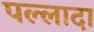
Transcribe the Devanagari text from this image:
पल्लादा